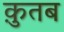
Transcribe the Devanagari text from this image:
क़ुतब